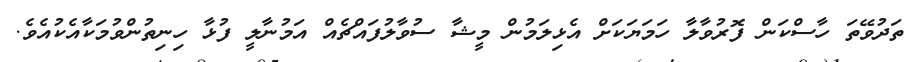
ތަދުވޭތަ ހާސްކަން ފޮރުވާލާ ހަމަޔަކަށް އެޅިލަމުން މީޝާ ސުވާލުފައްޗެއް އަމުނާލީ ފުޅާ ހިނިތުންވުމަކާއެކުއެވެ.